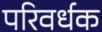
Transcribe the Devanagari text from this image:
परिवर्धक